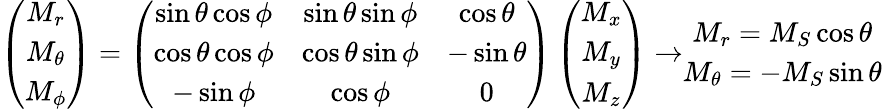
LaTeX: \left(\begin{array}{c}{M_{r}}\\ {M_{\theta}}\\ {M_{\phi}}\end{array}\right)=\left(\begin{array}{ccc}{\sin\theta\cos\phi}&{\sin\theta\sin\phi}&{\cos\theta}\\ {\cos\theta\cos\phi}&{\cos\theta\sin\phi}&{-\sin\theta}\\ {-\sin\phi}&{\cos\phi}&{0}\end{array}\right)\left(\begin{array}{c}{M_{x}}\\ {M_{y}}\\ {M_{z}}\end{array}\right)\rightarrow\begin{array}{c}{M_{r}=M_{S}\cos\theta}\\ {M_{\theta}=-M_{S}\sin\theta}\end{array}